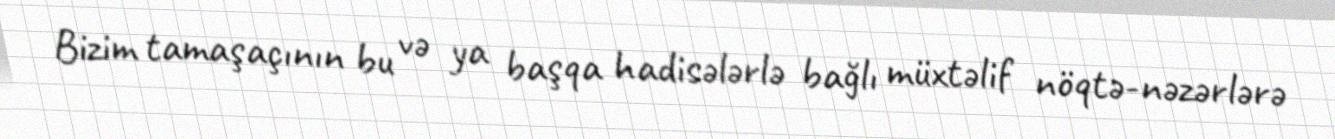
Bizim tamaşaçının bu və ya başqa hadisələrlə bağlı müxtəlif nöqtə-nəzərlərə